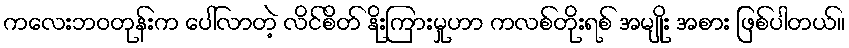
ကလေးဘဝတုန်းက ပေါ်လာတဲ့ လိင်စိတ် နိုးကြားမှုဟာ ကလစ်တိုးရစ် အမျိုး အစား ဖြစ်ပါတယ်။